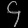
Digit: ၄